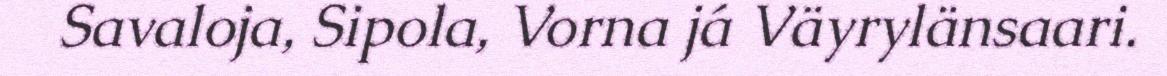
Savaloja, Sipola, Vorna já Väyrylänsaari.